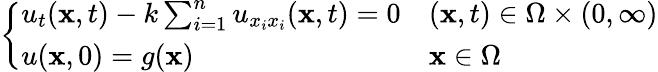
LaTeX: \left\{ \begin{array}{ll}{u_{t}(\mathbf{x},t)-k\sum_{i=1}^{n}u_{x_{i}x_{i}}(\mathbf{x},t)=0}&{(\mathbf{x},t)\in\Omega\times(0,\infty)}\\ {u(\mathbf{x},0)=g(\mathbf{x})}&{\mathbf{x}\in\Omega}\end{array}\right.